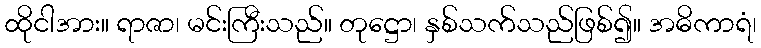
ထိုငါအား။ ရာဇာ၊ မင်းကြီးသည်။ တုဋ္ဌော၊ နှစ်သက်သည်ဖြစ်၍။ အဓိကာရံ၊